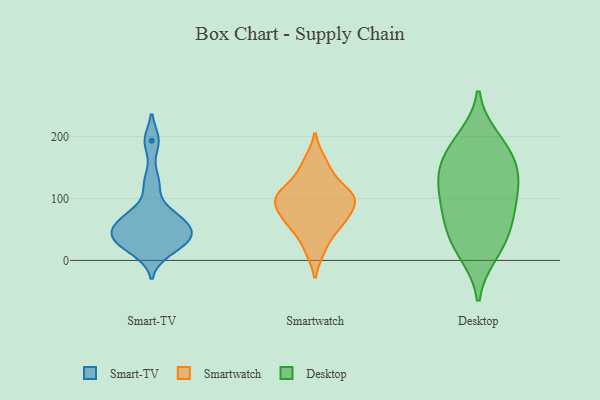
{"axis": {"x": "Waste Production (Tons)", "y": "Value"}, "legend": ["Desktop", "Smart-TV", "Smartwatch"], "data": [{"x": "", "y": 76, "type": "Smart-TV"}, {"x": "", "y": 33, "type": "Smart-TV"}, {"x": "", "y": 193, "type": "Smart-TV"}, {"x": "", "y": 31, "type": "Smart-TV"}, {"x": "", "y": 125, "type": "Smart-TV"}, {"x": "", "y": 63, "type": "Smart-TV"}, {"x": "", "y": 41, "type": "Smart-TV"}, {"x": "", "y": 43, "type": "Smart-TV"}, {"x": "", "y": 13, "type": "Smart-TV"}, {"x": "", "y": 63, "type": "Smart-TV"}, {"x": "", "y": 16, "type": "Smartwatch"}, {"x": "", "y": 87, "type": "Smartwatch"}, {"x": "", "y": 95, "type": "Smartwatch"}, {"x": "", "y": 50, "type": "Smartwatch"}, {"x": "", "y": 65, "type": "Smartwatch"}, {"x": "", "y": 161, "type": "Smartwatch"}, {"x": "", "y": 136, "type": "Smartwatch"}, {"x": "", "y": 64, "type": "Smartwatch"}, {"x": "", "y": 104, "type": "Smartwatch"}, {"x": "", "y": 102, "type": "Smartwatch"}, {"x": "", "y": 111, "type": "Smartwatch"}, {"x": "", "y": 129, "type": "Desktop"}, {"x": "", "y": 134, "type": "Desktop"}, {"x": "", "y": 79, "type": "Desktop"}, {"x": "", "y": 46, "type": "Desktop"}, {"x": "", "y": 22, "type": "Desktop"}, {"x": "", "y": 185, "type": "Desktop"}, {"x": "", "y": 167, "type": "Desktop"}, {"x": "", "y": 150, "type": "Desktop"}, {"x": "", "y": 196, "type": "Desktop"}, {"x": "", "y": 91, "type": "Desktop"}, {"x": "", "y": 117, "type": "Desktop"}, {"x": "", "y": 63, "type": "Desktop"}, {"x": "", "y": 12, "type": "Desktop"}]}